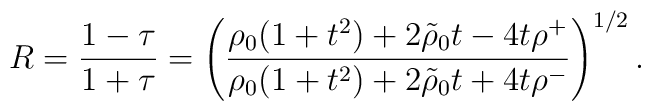
R = {1 - \tau\over 1 + \tau} =\left({\rho_0 (1 + t^2) + 2 \tilde{\rho}_0 t - 4 t\rho^+\over \rho_0 (1 + t^2) + 2 \tilde{\rho}_0 t + 4 t \rho^-}\right)^{1/2}.